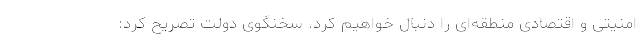
امنیتی و اقتصادی منطقه‌ای را دنبال خواهیم کرد. سخنگوی دولت تصریح کرد: